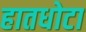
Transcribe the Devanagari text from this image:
हातधोटा